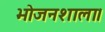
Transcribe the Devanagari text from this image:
भोजनशाला।